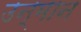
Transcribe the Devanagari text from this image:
उन्मान